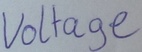
Text: Voltage